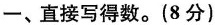
一、直接写得数。(8分)